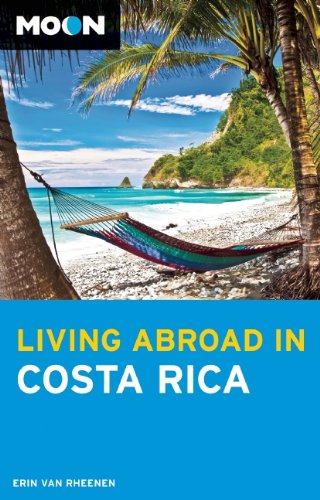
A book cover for Moon Living Abroad in Costa Rica; Erin Van Rheenen; Travel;